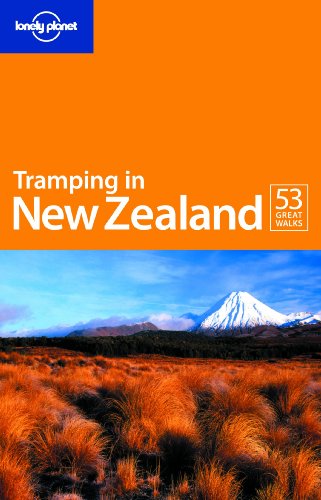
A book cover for Tramping in New Zealand (Walking); Jim DuFresne; Travel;